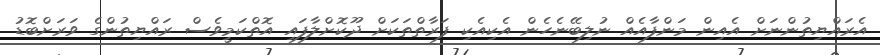
އެރައްޔިތުންނަށް އެއިން މަންފާއެއް ނުލިބޭނެހެން އެކިއެކި ފަރާތްތަކަށް ދޫކޮށްލާފައި އޮތްކަމީވެސް ރައްޔިތުންގެ ވަރަށްބޮޑު